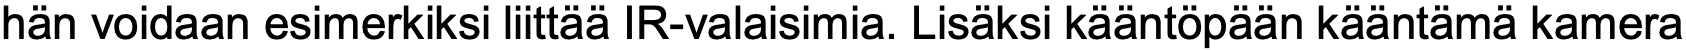
hän voidaan esimerkiksi liittää IR-valaisimia. Lisäksi kääntöpään kääntämä kamera